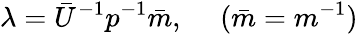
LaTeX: \lambda=\bar{U}^{-1}p^{-1}\bar{m},~~~~~(\bar{m}=m^{-1})